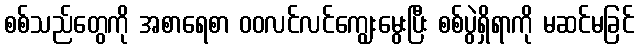
စစ်သည်တွေကို အစာရေစာ ဝဝလင်လင်ကျွေးမွေးပြီး စစ်ပွဲရှိရာကို မဆင်မခြင်